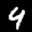
Label: 4